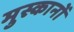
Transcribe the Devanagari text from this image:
मुस्कानों